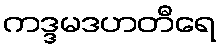
ကဒ္ဒမဒဟတီရေ